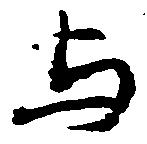
与